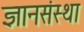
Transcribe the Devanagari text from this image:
ज्ञानसंस्था